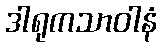
ဒါရုကသာဝါနံ